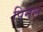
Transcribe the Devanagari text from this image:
पिनल